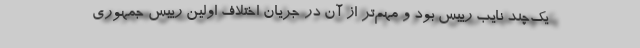
یک‌چند نایب رییس بود و مهم‌تر از آن در جریان اختلاف اولین رییس جمهوری